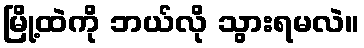
မြို့ထဲကို ဘယ်လို သွားရမလဲ။